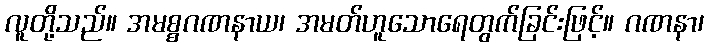
လူတို့သည်။ အမစ္စဂဏနာယ၊ အမတ်ဟူသောရေတွက်ခြင်းဖြင့်။ ဂဏနာ၊